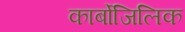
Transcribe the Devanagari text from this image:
कार्बोजिलिक